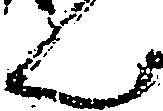
ん